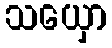
သယှော